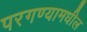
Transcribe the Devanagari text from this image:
परगण्यामधील